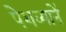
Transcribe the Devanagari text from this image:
पेशव्यानें